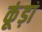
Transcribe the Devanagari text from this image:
कूंड़ा